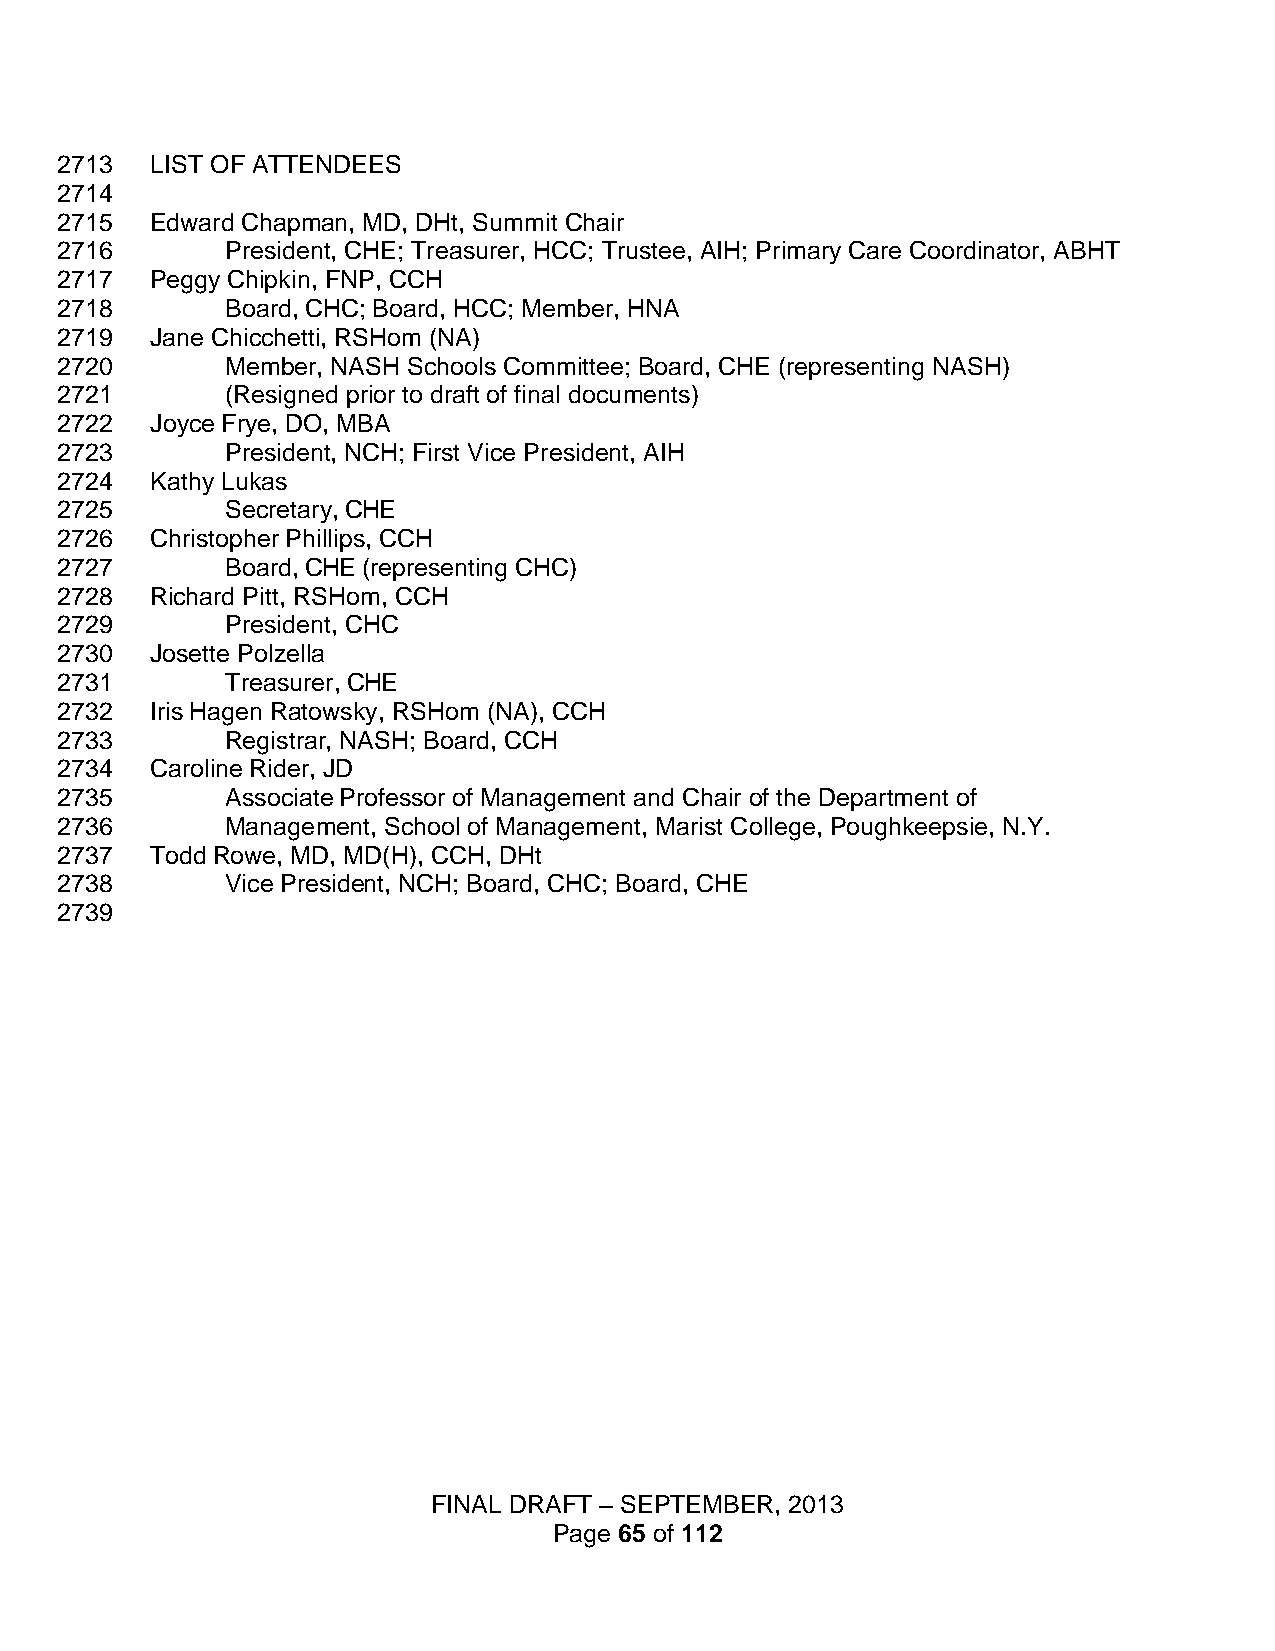
2713  LIST OF ATTENDEES
 2714
 2715  Edward Chapman, MD, DHt, Summit Chair
 2716       President, CHE; Treasurer, HCC; Trustee, AIH; Primary Care Coordinator, ABHT
 2717  Peggy Chipkin, FNP, CCH
 2718       Board, CHC; Board, HCC; Member, HNA
 2719  Jane Chicchetti, RSHom (NA)
 2720       Member, NASH Schools Committee; Board, CHE (representing NASH)
 2721       (Resigned prior to draft of final documents)
 2722  Joyce Frye, DO, MBA
 2723       President, NCH; First Vice President, AIH
 2724  Kathy Lukas
 2725       Secretary, CHE
 2726  Christopher Phillips, CCH
 2727       Board, CHE (representing CHC)
 2728  Richard Pitt, RSHom, CCH
 2729       President, CHC
 2730  Josette Polzella
 2731       Treasurer, CHE
 2732  Iris Hagen Ratowsky, RSHom (NA), CCH
 2733       Registrar, NASH; Board, CCH
 2734  Caroline Rider, JD
 2735       Associate Professor of Management and Chair of the Department of
 2736       Management, School of Management, Marist College, Poughkeepsie, N.Y.
 2737  Todd Rowe, MD, MD(H), CCH, DHt
 2738       Vice President, NCH; Board, CHC; Board, CHE
 2739
 FINAL DRAFT – SEPTEMBER, 2013
 Page 65 of 112